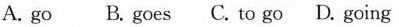
A. go B. goes C. to go D. going